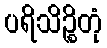
ပရိသိဉ္စိတုံ